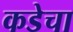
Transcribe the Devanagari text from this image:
कडेचा